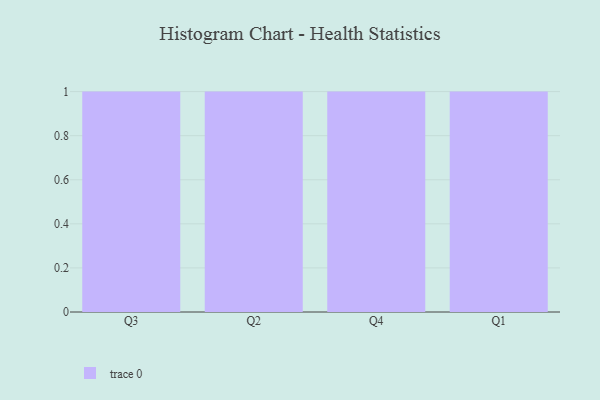
{"axis": {"x": "Quarter", "y": "Demand Index"}, "legend": [""], "data": [{"x": "Q3", "y": 58, "type": ""}, {"x": "Q2", "y": 40, "type": ""}, {"x": "Q4", "y": 100, "type": ""}, {"x": "Q1", "y": 81, "type": ""}]}